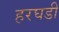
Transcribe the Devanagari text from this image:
हरघडी